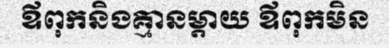
ឪពុកនិងគ្មានម្តាយ ឪពុកមិន